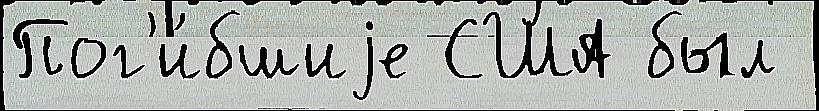
Пог'и́бшиjе США был